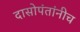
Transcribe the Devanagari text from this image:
दासोपंतांनीच